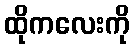
ထိုကလေးကို